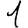
Digit: 1